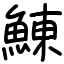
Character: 鯟